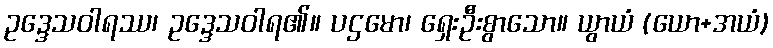
ဥဒ္ဒေသဝါရဿ၊ ဥဒ္ဒေသဝါရ၏။ ပဌမော၊ ရှေးဦးစွာသော။ ယွာယံ (ယော+အယံ)